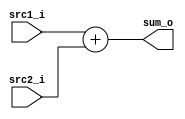
/***************************************************
Student Name: 
Student ID: 0712245
***************************************************/

`timescale 1ns/1ps

module Adder(
    	input  [32-1:0] src1_i,
	input  [32-1:0] src2_i,
	output [32-1:0] sum_o
	);
    
assign  sum_o = src1_i + src2_i; 

endmodule